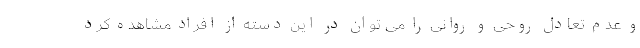
و عدم تعادل روحی و روانی را می توان در این دسته از افراد مشاهده کرد